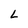
Character: L